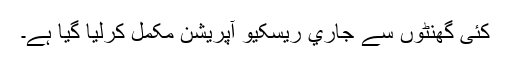
کئی گھنٹوں سے جاري ريسکيو آپريشن مکمل کرليا گيا ہے۔